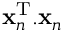
{ \bf x } _ { n } ^ { \mathrm { T } } . { \bf x } _ { n }